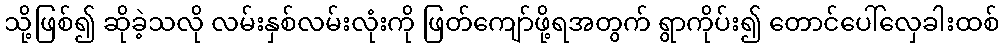
သို့ဖြစ်၍ ဆိုခဲ့သလို လမ်းနှစ်လမ်းလုံးကို ဖြတ်ကျော်ဖို့ရအတွက် ရွာကိုပ်း၍ တောင်ပေါ်လှေခါးထစ်